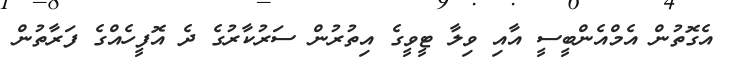
އެގޮތުން އެމްއެންބީސީ އާއި ވިލާ ޓީވީގެ އިތުރުން ސަރުކާރުގެ ދެ އޮފީހެއްގެ ފަރާތުން